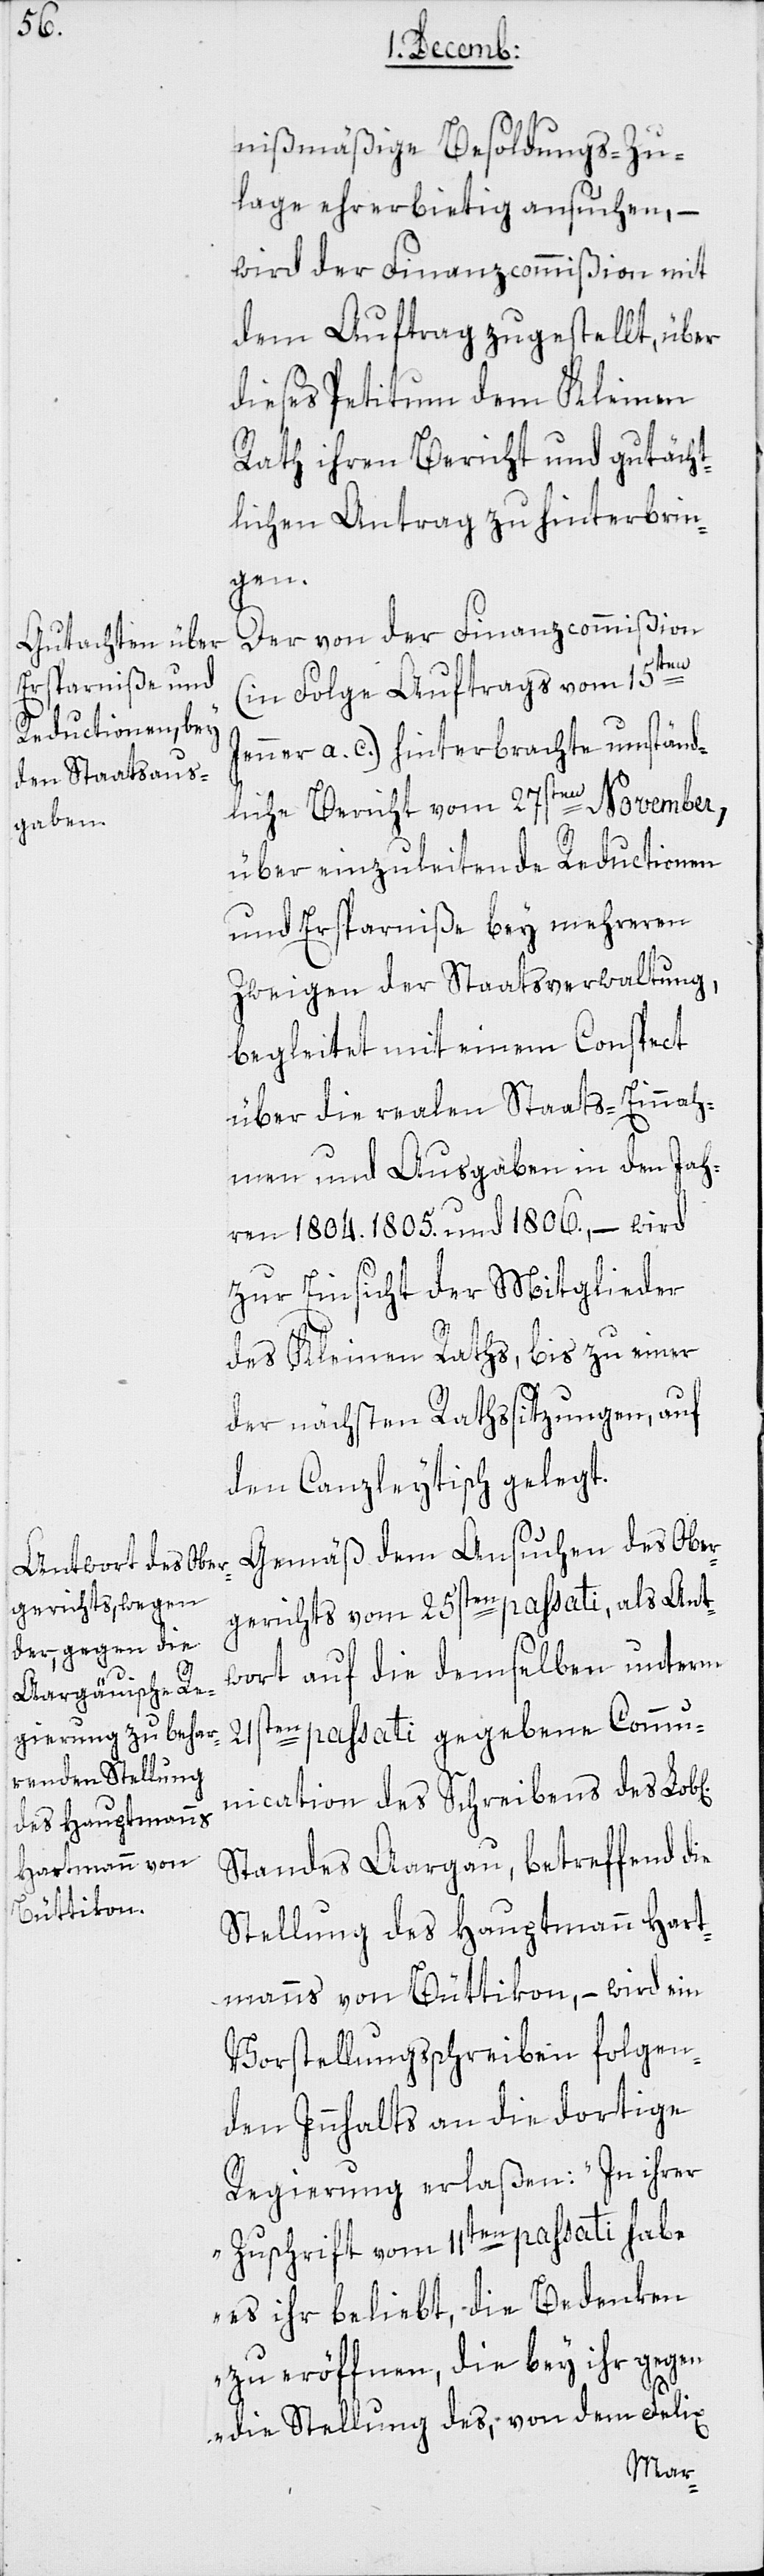
nißmäßige Besoldungs-Zu¬
lage ehrerbietig ansuchen, –
wird der Finanzcommißion mit
dem Auftrag zugestellt, über
dieses Petitum dem Kleinen
Rath ihren Bericht und gutächt¬
lichen Antrag zu hinterbrin¬
gen.
Der von der Finanzcommißion
ichen]
(in Folge Auftrags vom 15ten
Jenner a. c.) hinterbrachte umständ¬
liche Bericht vom 27sten November,
über einzuleitende Reductionen
und Ersparniße bey mehreren
Zweigen der Staatsverwaltung,
begleitet mit einem Conspect
über die realen Staats-Einnah¬
men und [-]Ausgaben in den Jah¬
ren 1804.[,] 1805. und 1806, – wird
zur Einsicht der Mitglieder
des Kleinen Raths, bis zu einer
der nächsten Rathssitzungen, auf
den Canzleytisch gelegt.
Gemäß dem Ansuchen des Ober¬
gerichts vom 25sten passati, als Ant¬
wort auf die demselben unterm
21sten passati gegebene Commu¬
nication des Schreibens des Lob[l¬
Standes Aargau, betreffend die
Stellung des Hauptmann Hart¬
manns von Büttikon, – wird ein
Vorstellungsschreiben folgen¬
den Innhalts an die dortige
Regierung erlaßen: „In ihrer
Zuschrift vom 11ten passati habe
es ihr beliebt, die Bedenken
zu eröffnen, die bey ihr gegen
die Stellung des, von dem Felix